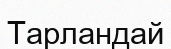
Тарландай